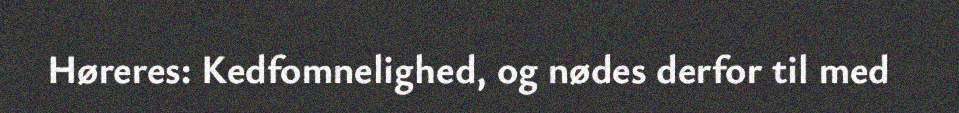
Høreres: Kedfomnelighed, og nødes derfor til med